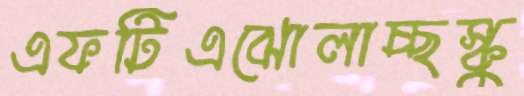
এফটিএঝোলাচ্ছস্কু